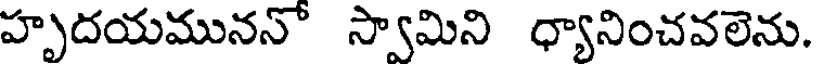
హృదయముననో స్వామిని ధ్యానించవలెను.